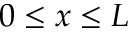
0 \le x \le L